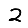
Digit: 2